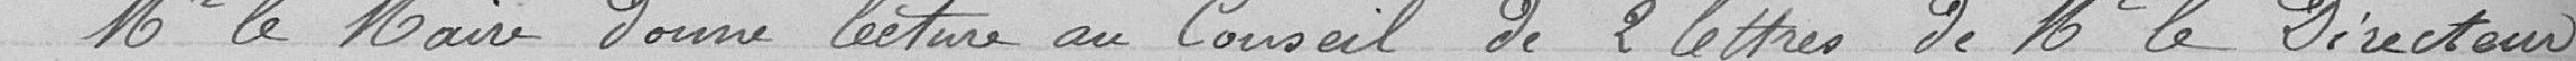
Mr le Maire donne lecture au Conseil de 2 lettres de Mr le Directeur